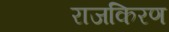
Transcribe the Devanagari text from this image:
राजकिरण